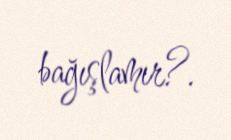
bağışlamır?.